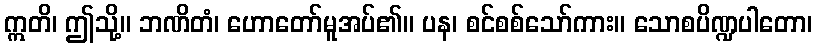
ဣတိ၊ ဤသို့။ ဘဏိတံ၊ ဟောတော်မူအပ်၏။ ပန၊ စင်စစ်သော်ကား။ သောစပိဏ္ဍပါတော၊